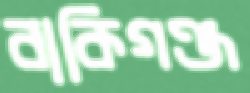
বাকিগঞ্জ